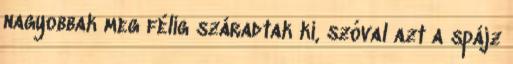
nagyobbak meg félig száradtak ki, szóval azt a spájz